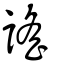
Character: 謠